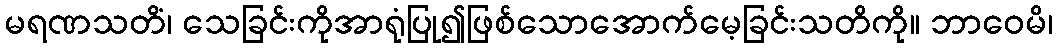
မရဏသတိံ၊ သေခြင်းကိုအာရုံပြု၍ဖြစ်သောအောက်မေ့ခြင်းသတိကို။ ဘာဝေမိ၊